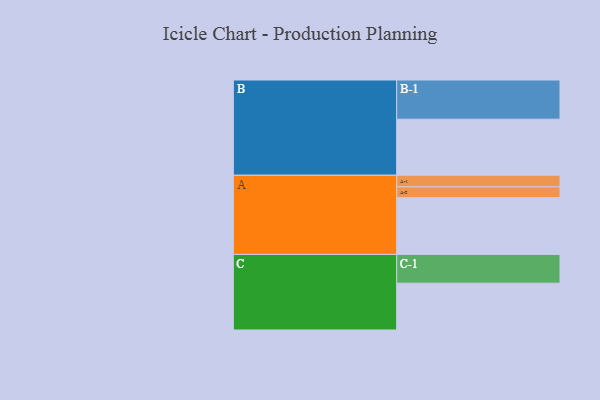
{"axis": {"x": "Segment", "y": "Value"}, "legend": ["", "A", "B", "C"], "data": [{"x": "A", "y": 424, "type": ""}, {"x": "B", "y": 419, "type": ""}, {"x": "C", "y": 350, "type": ""}, {"x": "A-1", "y": 87, "type": "A"}, {"x": "A-2", "y": 81, "type": "A"}, {"x": "B-1", "y": 293, "type": "B"}, {"x": "C-1", "y": 215, "type": "C"}]}